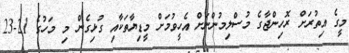
މީގެ އިތުރަށް ރޮހިންޖާގެ މުސްލިމުންނަށް އެހީވުމަށް މީޑިޔާތަކާއި ގުޅިގެން މި މަހުގެ 21-23